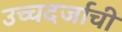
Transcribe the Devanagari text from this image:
उच्चदर्जाची